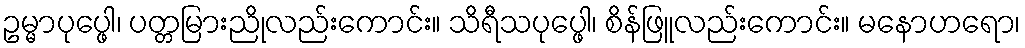
ဥမ္မာပုပ္ဖေါ၊ ပတ္တမြားညိုလည်းကောင်း။ သိရီသပုပ္ဖေါ၊ စိန်ဖြူလည်းကောင်း။ မနောဟရော၊